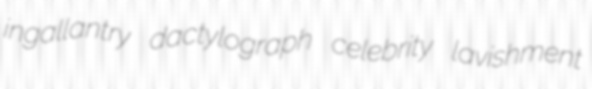
ingallantry dactylograph celebrity lavishment